Vaccination in the Punjab 1897-1904 - 1897-1904
Year: 1897
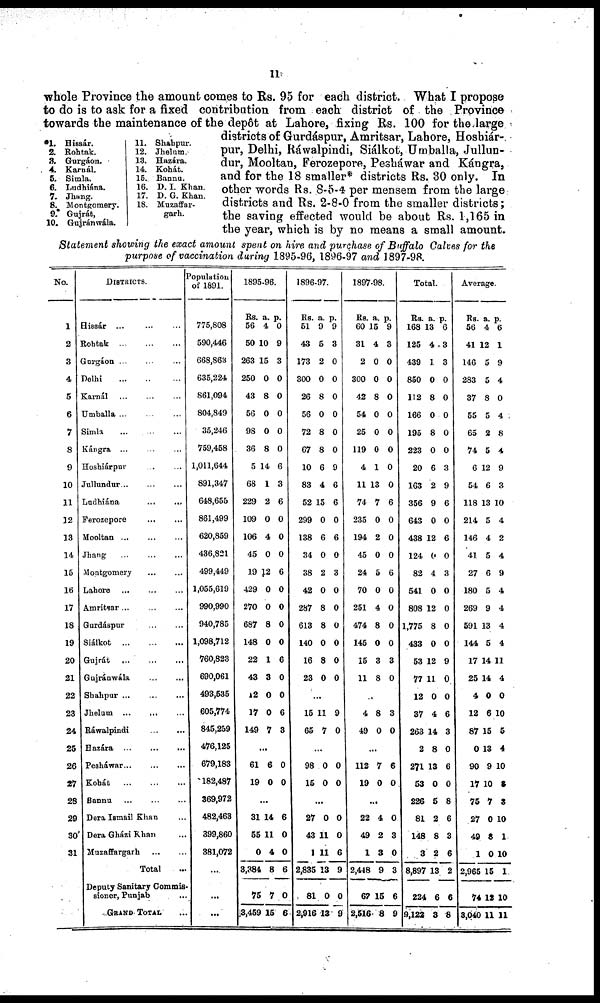
11
*1.
2.
3.
4.
5.
6.
7.
8.
9.
10.
Hissár.
Rohtak.
Gurgáon.
Karnál.
Simla.
Ludhiána.
Jhang.
Montgomery.
Gujrát.
Gujránwála.
11.
12.
13.
14.
15.
16.
17.
18.
Shahpur.
Jhelum.
Hazára.
Kohát.
Bannu.
D. I. Khan.
D. G. Khan.
Muzaffar¬
garh.
whole Province the amount comes to Rs. 95 for each district. What I propose
to do is to ask for a fixed contribution from each district of the Province
towards the maintenance of the depôt at Lahore, fixing Rs. 100 for the large
districts of Gurdáspur, Amritsar, Lahore, Hoshiár-
pur, Delhi, Ráwalpindi, Siálkot, Umballa, Jullun¬
dur, Mooltan, Ferozepore, Pesháwar and Kángra,
and for the 18 smaller* districts Rs. 30 only. In
other words Rs. 8-5-4 per mensem from the large
districts and Rs. 2-8-0 from the smaller districts;
the saving effected would be about Rs. 1,165 in
the year, which is by no means a small amount.
Statement showing the exact amount spent on hire and purchase of Buffalo Calves for the
purpose of vaccination during 1895-96, 1896-97 and 1897-98.
No.
1
2
3
4
5
6
7
8
9
10
11
32
13
14
15
16
17
18
19
20
21
22
23
24
25
26
27
28
29
30
31
DISTRICTS.
Hissár ... ... ...
Rohtak
...
...
...
Gurgáon ... ... ...
Delhi
...
...
...
Karnál ... ... ...
Umballa ... ... ...
Simla
...
...
...
Kángra
...
...
...
Hoshiárpur ... ... ...
Jullundur ... ... ...
Ludhiána
...
...
...
Ferozepore ... ... ...
Mooltan ... ... ...
Jhang ... ... ...
Montgomery ... ... ...
Lahore ... ... ...
Amritsar ... ... ...
Gurdáspur ... ... ...
Siálkot
...
...
...
Gujrát ... ... ...
Gujránwála ... ... ...
Shahpur ... ... ...
Jhelum ... ... ...
Ráwalpindi ... ... ...
Hazára ... ... ...
Pesháwar ... ... ...
Kohát
...
...
...
Bannu
...
...
...
Dera Ismail Khan ... ... ...
Dera Gházi Khan ... ... ...
Muzaffargarh ... ... ...
Total ...
Deputy Sanitary Commis¬
sioner, Punjab ...
GRAND TOTAL ...
Population
of 1891.
775,808
590,446
668,863
635,224
861,094
804,849
35,246
759,458
1,011,644
891,347
648,655
861,499
620,859
436,821
499,449
1,055,619
990,990
940,785
1,098,712
760,823
690,061
493,535
605,774
845,259
476,125
679,183
182,487
369,972
482,463
399,860
381,072
...
...
...
1895-96.
Rs.
56
50
263
250
43
56
98
36
5
68
229
109
106
45
19
429
270
687
148
22
43
12
17
149
a.
4
0
15
0
8
0
0
8
14
1
2
0
4
0
12
0
0
8
0
1
3
0
0
7
p.
0
9
3
0
0
0
0
0
6
3
6
0
0
0
6
0
0
0
0
6
0
0
6
3
...
61
19
6
0
0
0
...
31
55
0
3,384
75
8,459
14
11
4
8
7
15
6
0
0
6
0
6
1896-97.
Rs.
51
43
173
300
26
56
72
67
10
83
52
299
138
34
38
42
287
613
140
16
23
a.
9
5
2
0
8
0
8
8
6
4
15
0
6
0
2
0
8
8
0
8
0
p.
9
3
0
0
0
0
0
0
9
6
6
0
6
0
3
0
0
0
0
0
0
...
15
65
11
7
9
0
...
98
15
0
0
0
0
...
27
43
1
2,835
81
2,916
0
11
11
13
0
13
0
0
6
9
0
9
1897-98.
Rs.
60
31
2
300
42
54
25
119
4
11
74
235
194
45
24
70
251
474
145
15
11
a.
15
14
0
0
8
0
0
0
1
13
7
0
2
0
5
0
4
8
0
3
8
p.
9
3
0
0
0
0
0
0
0
0
6
0
0
0
6
0
0
0
0
3
0
...
4
49
8
0
3
0
...
112
19
7
0
6
0
...
22
49
1
2,448
67
2,516
4
2
3
9
15
8
0
3
0
3
6
9
Total.
Rs.
168
125
439
850
112
166
195
223
20
163
356
643
438
124
82
541
808
1,775
433
53
77
12
37
263
2
271
53
226
81
148
3
8,897
224
9,122
a.
13
4
1
0
8
0
8
0
6
2
9
0
12
0
4
0
12
8
0
12
11
0
4
14
8
13
0
5
2
8
2
13
6
3
p.
6
3
3
0
0
0
0
0
3
9
6
0
6
0
3
0
0
0
0
9
0
0
6
3
0
6
0
8
6
3
6
2
6
8
Average.
Rs.
56
41
146
283
37
55
65
74
6
54
118
214
146
41
27
180
269
591
144
17
25
4
12
87
0
90
17
75
27
49
1
2,965
74
8,040
a.
4
12
5
5
8
5
2
5
12
6
13
5
4
5
6
5
9
13
5
14
14
0
6
15
13
9
10
7
0
8
0
15
12
11
p.
6
1
9
4
0
4
8
4
9
3
10
4
2
4
9
4
4
4
4
11
4
0
10
5
4
10
8
3
10
1
10
1
10
11